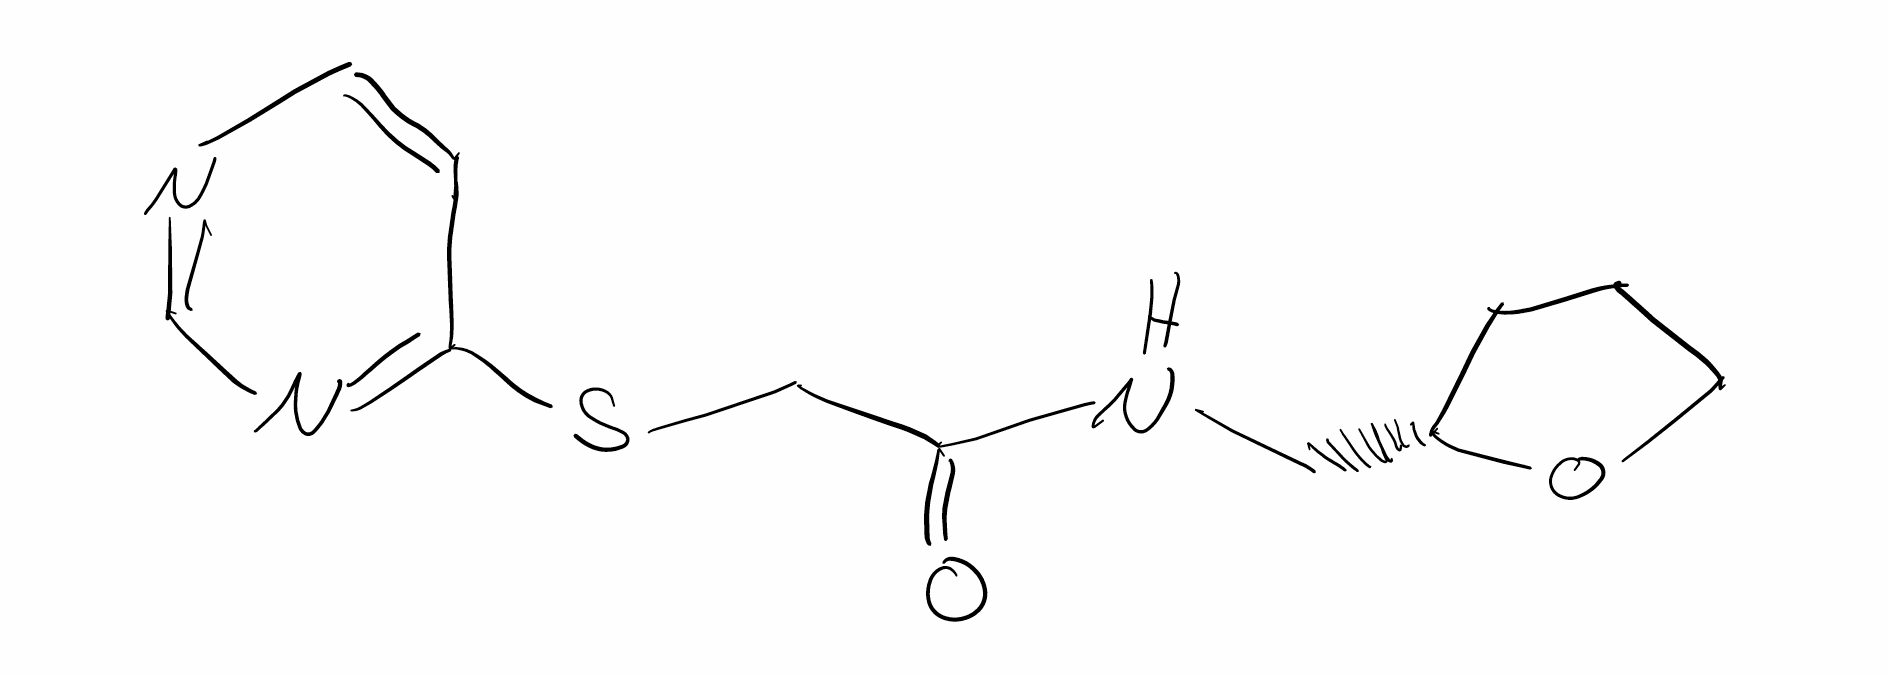
Simplified molecular-input line-entry system (SMILES) notation of the given molecule:
C1C[C@H](OC1)CNC(=O)CSC2=NC=NC=C2